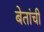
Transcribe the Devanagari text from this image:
बेतांची